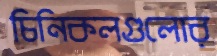
চিনিকলগুলোর